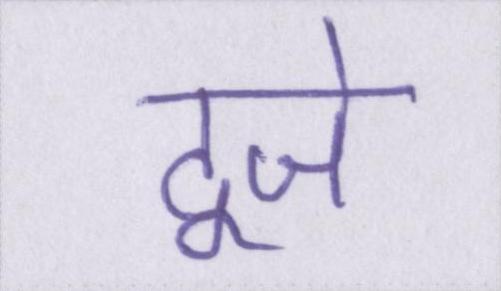
दूजे